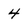
Character: 4